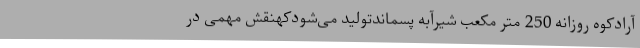
آرادکوه روزانه 250 متر مکعب شیرآبه پسماندتولید می‌شودکهنقش مهمی در